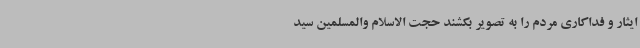
ایثار و فداکاری مردم را به تصویر بکشند حجت الاسلام والمسلمین سید